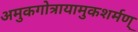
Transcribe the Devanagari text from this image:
अमुकगोत्रायामुकशर्मण्